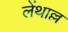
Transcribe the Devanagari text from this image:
लेंथाल्ल